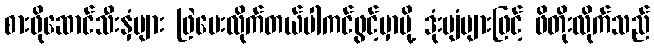
စားဖိုဆောင်သီးနှံများ ဖြဲပေးလိုက်တယ်ပါကင်ဖွင့်မှာမို့ ဒုံးပျံများဖြင့် ဖိတိုးလိုက်သည်